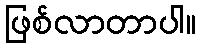
ဖြစ်လာတာပါ။